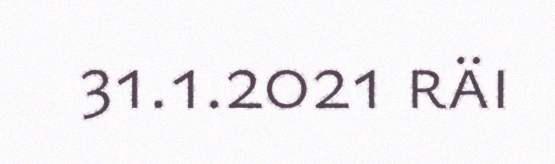
31.1.2021 räi